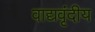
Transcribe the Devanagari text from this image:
वाद्यवृंदीय